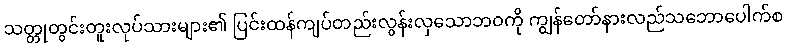
သတ္တုတွင်းတူးလုပ်သားများ၏ ပြင်းထန်ကျပ်တည်းလွန်းလှသောဘဝကို ကျွန်တော်နားလည်သဘောပေါက်စ